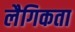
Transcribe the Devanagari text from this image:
लैगिकता